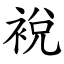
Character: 裞